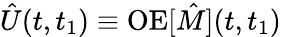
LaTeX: \hat{U}(t,t_{1})\equiv\mathrm{OE}[\hat{M}](t,t_{1})